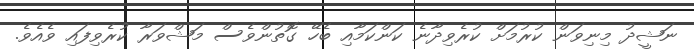
ނަޝީދު މިނިވަން ކުރުމަށް ކުރެވިދާނެ ކަންކަމާއި ބެހޭ ގޮތުންވެސް މަޝްވަރާ ކުރެވިފައި ވެއެވެ.